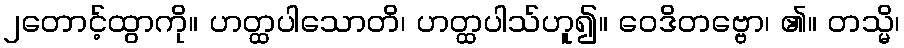
၂တောင့်ထွာကို။ ဟတ္ထပါသောတိ၊ ဟတ္ထပါသ်ဟူ၍။ ဝေဒိတဗ္ဗော၊ ၏။ တသ္မိ၊